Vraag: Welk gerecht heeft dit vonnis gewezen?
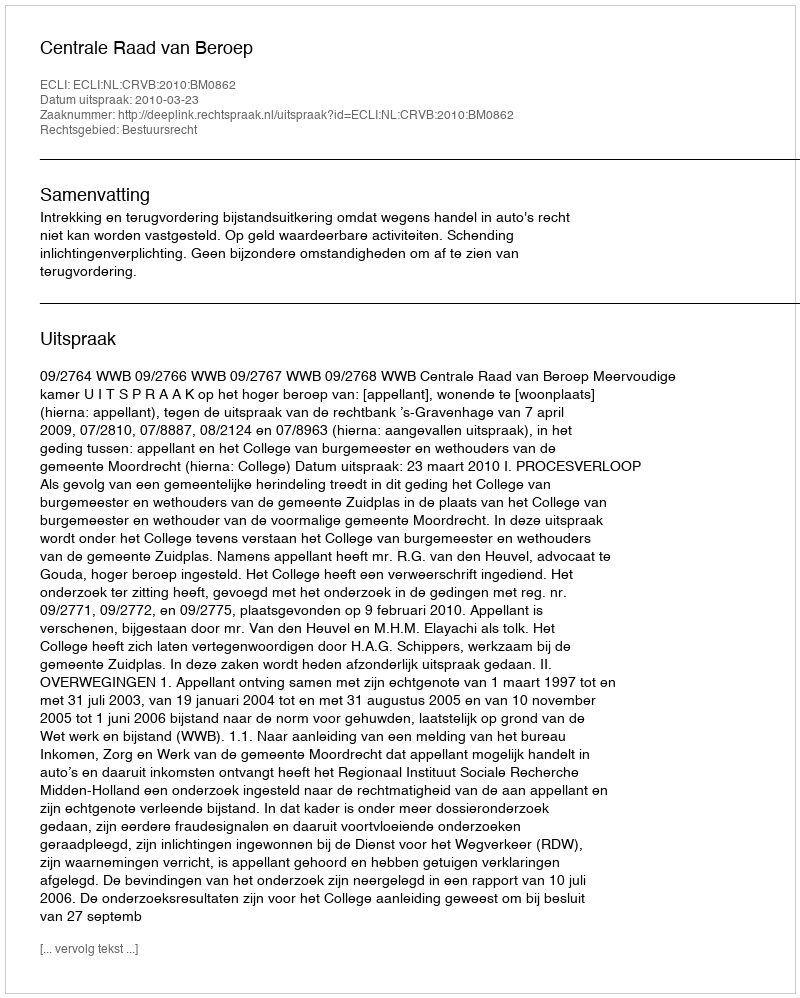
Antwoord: Centrale Raad van Beroep